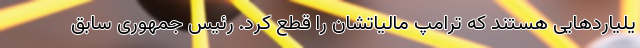
یلیاردهایی هستند که ترامپ مالیاتشان را قطع کرد. رئیس جمهوری سابق